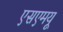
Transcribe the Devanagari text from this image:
एसएमयू